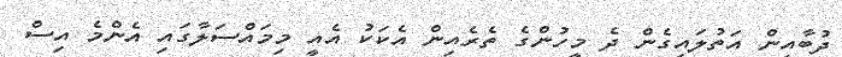
ދުބާއީން އަތުލައިގެން ދެ މީހުންގެ ތެރެއިން އެކަކު އެއީ މިމައްސަލާގައި އެންމެ އިސް